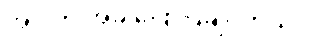
အဲဒါကို အခု ပြောပြချင်တယ်။